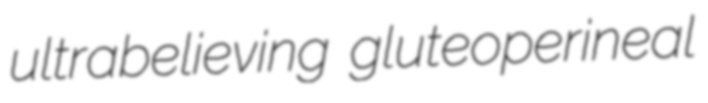
ultrabelieving gluteoperineal